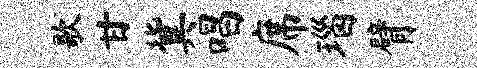
歌甘冀唱席瑙臂